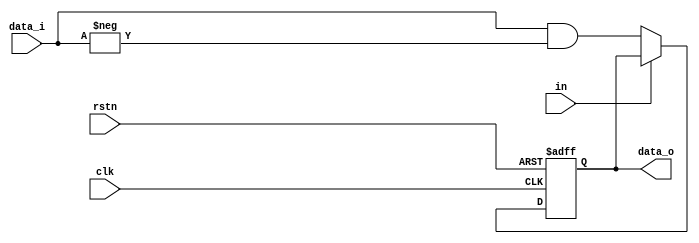
`timescale 1ns / 1ps
module register(
  input            clk ,
  input            rstn ,
  input            in,
  input      [9:0] data_i,

  output reg [9:0] data_o
);
  always@( posedge clk or negedge rstn ) begin
    if ( !rstn ) 
      data_o <= 0;
    else if ( !in ) 
      data_o <= ( data_i & ( - data_i ) );
  end
endmodule